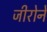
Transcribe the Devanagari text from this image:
जीरोने